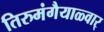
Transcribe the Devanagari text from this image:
तिरुमंगैयाळ्वार्